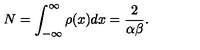
N = \int _ { - \infty } ^ { \infty } \rho ( x ) d x = \frac { 2 } { \alpha \beta } .